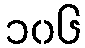
၁၀၆